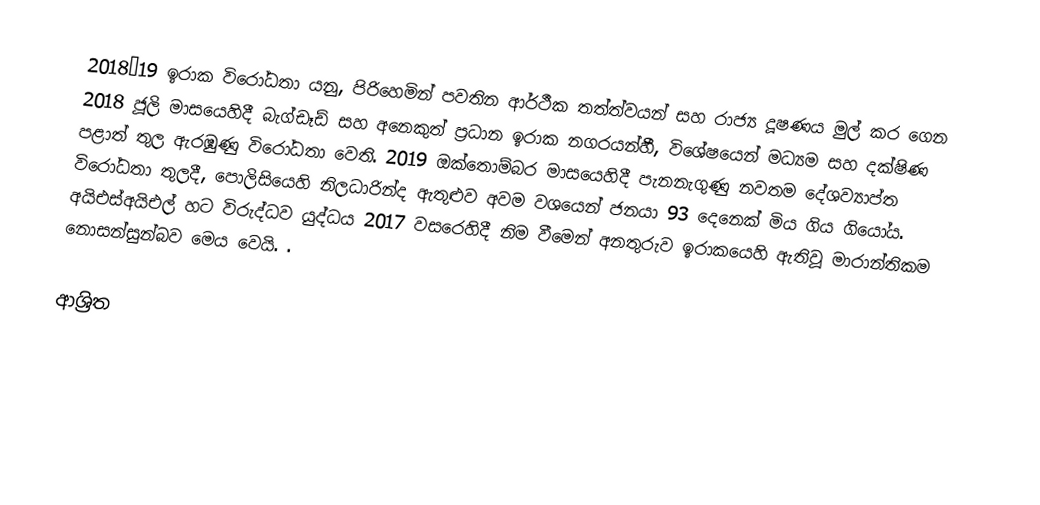
2018–19 ඉරාක විරෝධතා යනු,  පිරිහෙමින් පවතින ආර්ථීක තත්ත්වයන් සහ  රාජ්‍ය දූෂණය මුල් කර ගෙන 2018 ජූලි මාසයෙහිදී බැග්ඩෑඩ් සහ අනෙකුත් ප්‍රධාන  ඉරාක නගරයන්හී, විශේෂයෙන් මධ්‍යම සහ දක්ෂිණ පළාත් තුල ඇරඹුණු විරෝධතා වෙති. 2019 ඔක්තොම්බර මාසයෙහිදී පැනනැගුණු නවතම දේශව්‍යාප්ත විරෝධතා තුලදී, පොලිසියෙහි නිලධාරින්ද ඇතුළුව අවම වශයෙන් ජනයා 93 දෙනෙක් මිය ගිය ගියෝය.  අයිඑස්අයිඑල් හට විරුද්ධව යුද්ධය  2017 වසරෙහිදී නිම වීමෙන් අනතුරුව ඉරාකයෙහි ඇතිවූ මාරාන්තිකම නොසන්සුන්බව මෙය වෙයි. .

ආශ්‍රිත